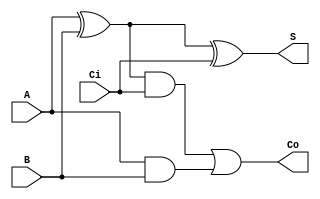
`timescale 1ns / 1ps
//////////////////////////////////////////////////////////////////////////////////
// Company: 
// Engineer: 
// 
// Design Name: 
// Module Name: LAB4-part1
// Project Name: 
// Target Devices: 
// Tool Versions: 
// Description: 
// 
// Dependencies: 
// 
// Revision:
// Revision 0.01 - File Created
// Additional Comments:
// 
//////////////////////////////////////////////////////////////////////////////////


module fa(S,Co,A,B,Ci);
    output S;
    output Co;
    input A,B;
    input Ci;
    
    wire X;
    wire Y;
    wire Z;
    xor(X,A,B);
    xor(S,X,Ci);
    and(Y,X,Ci);
    and(Z,A,B);
    or(Co,Y,Z);
    
endmodule
module FA_4bit(
    input [3:0] A,
    input [3:0] B,
    input M,
    output Co,
    output [3:0] S,
    output V
    );
    
    wire w1, w2, w3;
    wire y0, y1, y2, y3;
    xor (y0,M,B[0]);
    xor (y1,M,B[1]);
    xor (y2,M,B[2]);
    xor (y3,M,B[3]);
    xor (V,Co,w3);
    //(S,Co,A,B,Ci)
   fa bit0(S[0],w1,A[0],y0,M);
   fa bit1(S[1],w2,A[1],y1,w1); 
   fa bit2(S[2],w3,A[2],y2,w2);
   fa bit3(S[3],Co,A[3],y3,w3);
endmodule